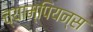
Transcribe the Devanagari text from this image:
च्याम्पियन्स